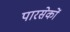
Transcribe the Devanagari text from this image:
पारसेकों